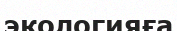
экологияға